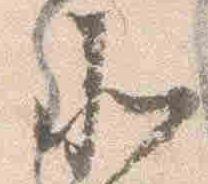
北